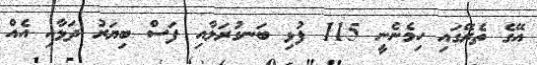
އޭގެ ތެރޭގައި ހިމެނެނީ 115 ފުޅި ބަނގުރަލާއި ފަސް ބިޔަރު ދަޅާއި އެއް